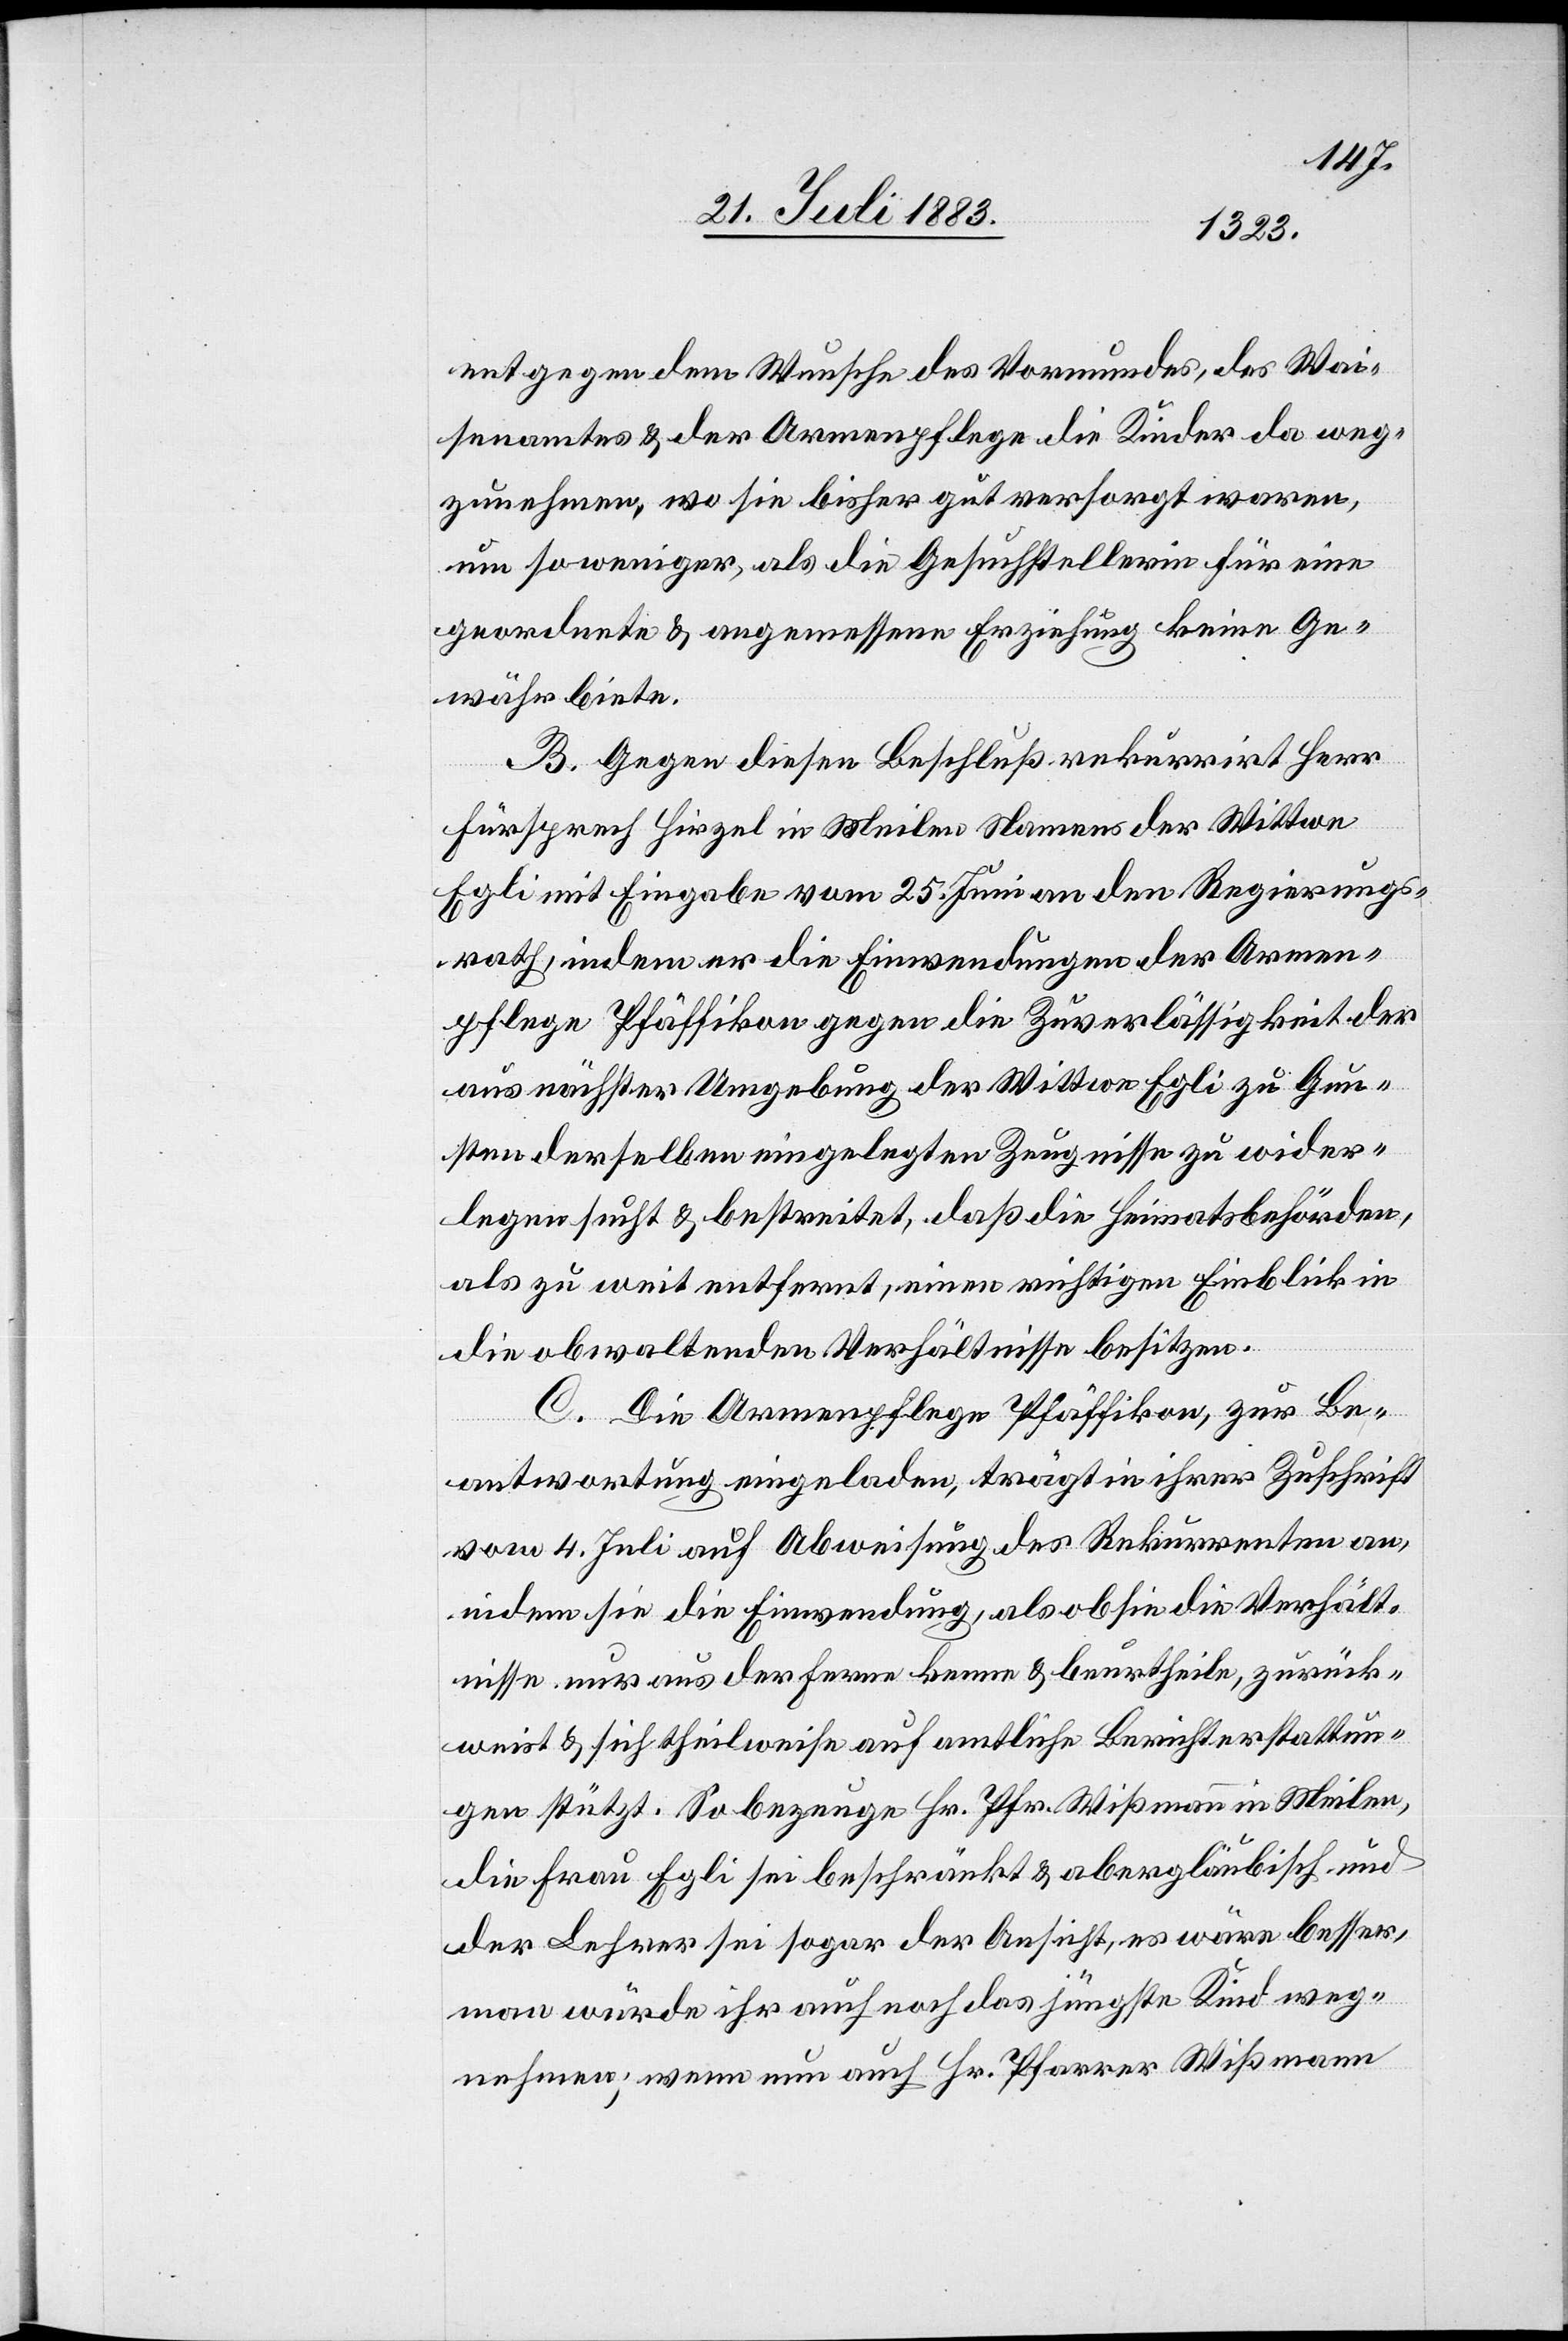
entgegen dem Wunsche des Vormundes, des Wai¬
senamtes & der Armenpflege die Kinder da weg¬
zunehmen, wo sie bisher gut versorgt waren,
um so weniger, als die Gesuchstellerin für eine
geordnete & angemessene Erziehung keine Ge¬
währ biete.
B. Gegen diesen Beschluß rekurrirt Herr
Fürsprech Hirzel in Meilen Namens der Wittwe
Egli mit Eingabe vom 25. Juni an den Regierungs¬
rath, indem er die Einwendungen der Armen¬
pflege Pfäffikon gegen die Zuverlässigkeit der
aus nächster Umgebung der Wittwe Egli zu Gun¬
sten derselben eingelegten Zeugnisse zu wider¬
legen sucht & bestreitet, daß die Heimatsbehörden,
als zu weit entfernt, einen richtigen Einblick in
die obwaltenden Verhältnisse besitzen.
C. Die Armenpflege Pfäffikon, zur Be¬
antwortung eingeladen, trägt in ihrer Zuschrift
vom 4. Juli auf Abweisung des Rekurrenten an,
indem sie die Einwendung, als ob sie die Verhält¬
nisse nur aus der Ferne kenne & beurtheile, zurück¬
weist & sich theilweise auf amtliche Berichterstattun¬
gen stützt. So bezeuge Hr. Pfr. Wißmann in Meilen,
die Frau Egli sei beschränkt & abergläubisch und
der Lehrer sei sogar der Ansicht, es wäre besser,
man würde ihr auch noch das jüngste Kind weg¬
nehmen; wenn nun auch Hr. Pfarrer Wißmann